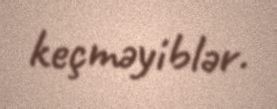
keçməyiblər.